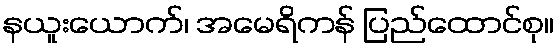
နယူးယောက်၊ အမေရိကန် ပြည်ထောင်စု။